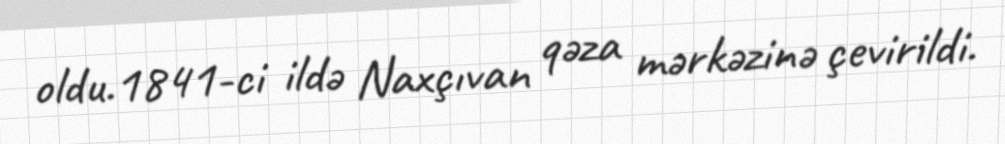
oldu.1841-ci ildə Naxçıvan qəza mərkəzinə çevirildi.